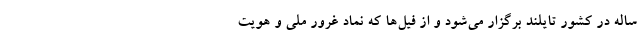
ساله در کشور تایلند برگزار می‌شود و از فیل‌ها که نماد غرور ملی و هویت